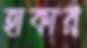
হাকার